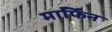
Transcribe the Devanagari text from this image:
माॅर्फिन